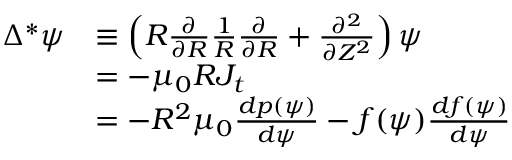
\begin{array} { r l } { \Delta ^ { * } \psi } & { \equiv \left( R \frac { \partial } { \partial R } \frac { 1 } { R } \frac { \partial } { \partial R } + \frac { \partial ^ { 2 } } { \partial Z ^ { 2 } } \right) \psi } \\ & { = - \mu _ { 0 } R J _ { t } } \\ & { = - R ^ { 2 } \mu _ { 0 } \frac { d p ( \psi ) } { d \psi } - f ( \psi ) \frac { d f ( \psi ) } { d \psi } } \end{array}